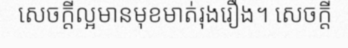
សេចក្តីល្អមានមុខមាត់រុងរឿង។ សេចក្តី